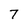
Character: 7